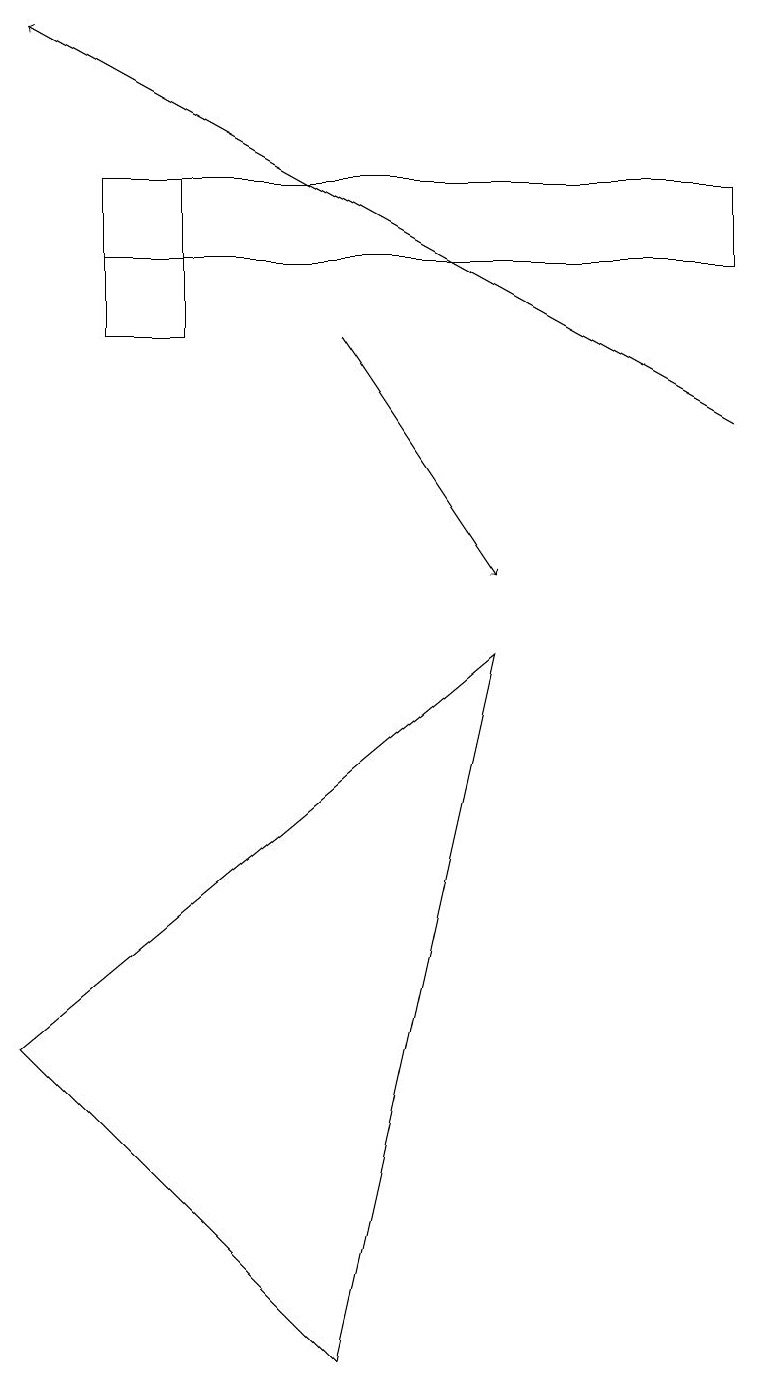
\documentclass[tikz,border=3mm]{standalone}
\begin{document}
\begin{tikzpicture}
\draw (9,15) rectangle (1,14);
\draw[->] (4,13) -- (6,10);
\draw (1,13) rectangle (2,15);
\draw[->] (9,12) -- (0,17);
\draw (0,4) -- (4,0) -- (6,9) -- cycle;
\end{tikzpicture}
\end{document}